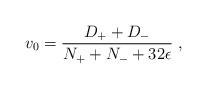
LaTeX: \begin{align*}v_{{0}} = \frac{D_+ + D_-}{N_+ + N_- + 32\epsilon} \ ,\end{align*}